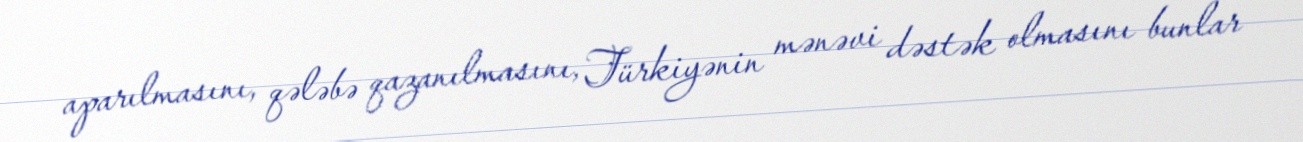
aparılmasını, qələbə qazanılmasını, Türkiyənin mənəvi dəstək olmasını bunlar